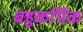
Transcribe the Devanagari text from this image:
बहुकर्यिक